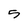
Character: 5